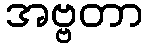
အဗ္ဗတာ